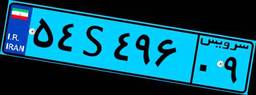
۵۴S۴۹۶۰۹